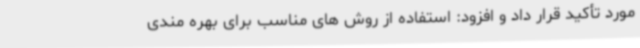
مورد تأکید قرار داد و افزود: استفاده از روش های مناسب برای بهره مندی